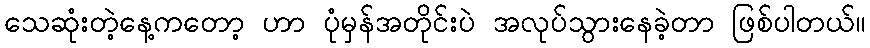
သေဆုံးတဲ့နေ့ကတော့ ဟာ ပုံမှန်အတိုင်းပဲ အလုပ်သွားနေခဲ့တာ ဖြစ်ပါတယ်။